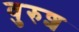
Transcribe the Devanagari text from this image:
वुरुश